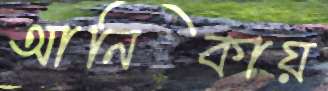
আনিকায়